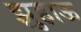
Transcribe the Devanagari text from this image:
झुहाऊ